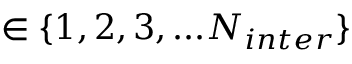
\in \{ 1 , 2 , 3 , . . . N _ { i n t e r } \}